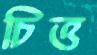
চিত্ত